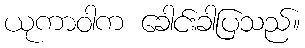
ယုကာဝါက ခေါင်းခါပြသည်။